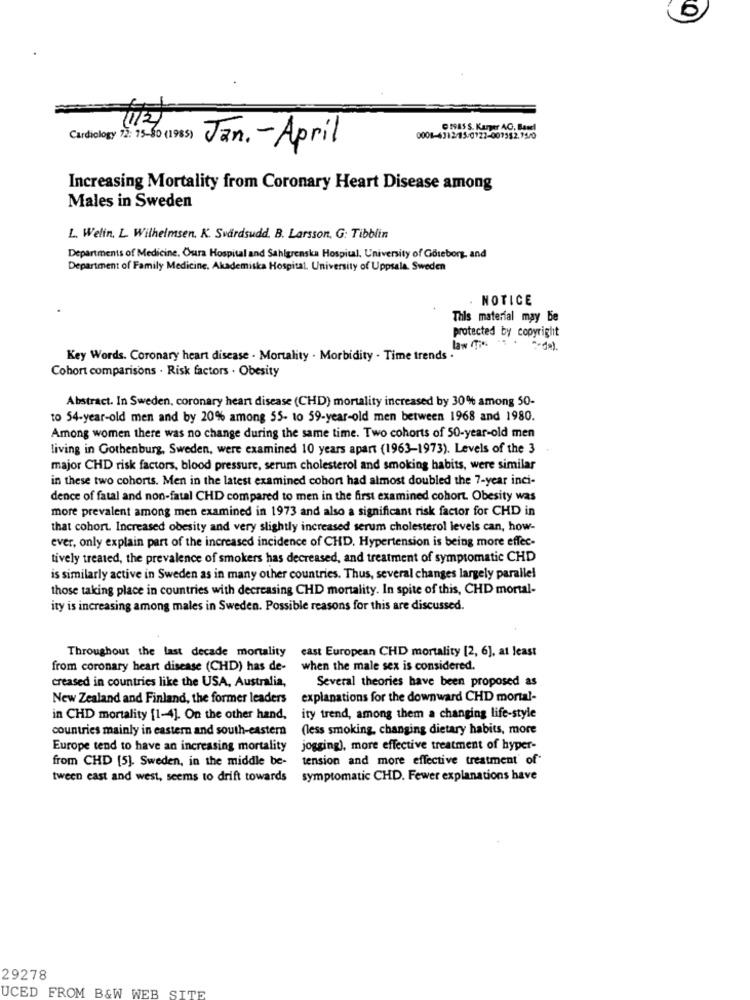
11.2)
C NAS S. Kamer AC, Basel
Cardiology 2: 15-0 (1985) Jan. - April
Increasing Mortality from Coronary Heart Disease among
Males in Sweden
L. Welin. L. Wilhelmsen. K. Svärdsudd. B. Larsson, G: Tibblin
Departments of Medicine. Oura Hospital and Sahlgrenska Hospital, University of Göteborg, and
Department of Family Medicine, Akademiska Hospital. University of Uppsala, Sweden
NOTICE
This material may be
protected by copyright
Key Words. Coronary heart disease . Mortality . Morbidity . Time trends .
Cohort comparisons . Risk factors . Obesity
Abstract. In Sweden, coronary heart disease (CHD) mortality increased by 30% among 50-
to 54-year-old men and by 20% among 55- to 59-year-old men between 1968 and 1980.
Among women there was no change during the same time. Two cohorts of 50-year-old men
living in Gothenburg, Sweden, were examined 10 years apart (1963-1973). Levels of the 3
major CHD risk factors, blood pressure, serum cholesterol and smoking habits, were similar
in these two cohorts. Men in the latest examined cohort had almost doubled the 7-year inci-
dence of fatal and non-fatal CHD compared to men in the first examined cohort. Obesity was
more prevalent among men examined in 1973 and also a significant risk factor for CHD in
that cohort. Increased obesity and very slightly increased serum cholesterol levels can, how-
ever, only explain part of the increased incidence of CHD. Hypertension is being more effec-
tively treated, the prevalence of smokers has decreased, and treatment of symptomatic CHD
is similarly active in Sweden as in many other countries. Thus, several changes largely parallel
those taking place in countries with decreasing CHD mortality. In spite of this, CHD mortal-
ity is increasing among males in Sweden. Possible reasons for this are discussed.
Throughout the last decade mortality east European CHD mortality [2, 6], at least
from coronary heart disease (CHD) has de-
when the male sex is considered.
creased in countries like the USA, Australia,
Several theories have been proposed as
New Zealand and Finland, the former leaders
explanations for the downward CHD mortal-
in CHD mortality [1-4]. On the other hand,
ity trend, among them a changing life-style
countries mainly in eastern and south-eastern
(less smoking, changing dietary habits, more
Europe tend to have an increasing mortality
jogging), more effective treatment of hyper-
from CHD [5]. Sweden, in the middle be-
tension and more effective treatment of
tween east and west, seems to drift towards
symptomatic CHD. Fewer explanations have
29278
UCED FROM B&W WEB SITE